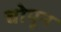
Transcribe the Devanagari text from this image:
चोपून